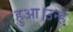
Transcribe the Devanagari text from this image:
हुआ।उन्हें